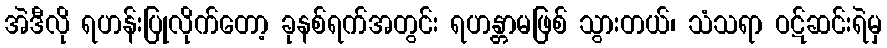
အဲဒီလို ရဟန်းပြုလိုက်တော့ ခုနစ်ရက်အတွင်း ရဟန္တာမဖြစ် သွားတယ်၊ သံသရာ ဝဋ်ဆင်းရဲမှ